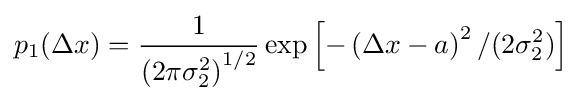
p_{1}(\Delta x)={\frac {1}{\left(2\pi \sigma _{2}^{2}\right)^{1/2}}}\exp \left[-\left(\Delta x-a\right)^{2}/(2\sigma _{2}^{2})\right]